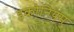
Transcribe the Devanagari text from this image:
इकोनियम